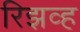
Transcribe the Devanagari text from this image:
रिझव्ह